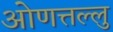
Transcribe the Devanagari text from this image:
ओणत्तल्लु